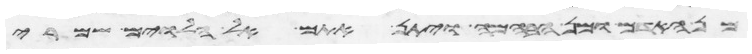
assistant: מן האדם ומן הבהמה ויתן אתם אל הלוים שמרי